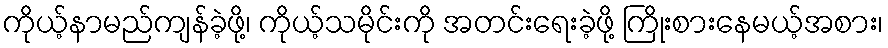
ကိုယ့်နာမည်ကျန်ခဲ့ဖို့၊ ကိုယ့်သမိုင်းကို အတင်းရေးခဲ့ဖို့ ကြိုးစားနေမယ့်အစား၊